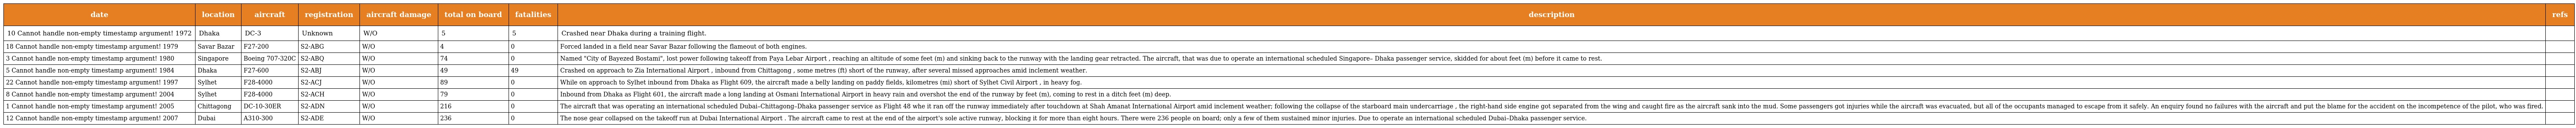
| date | location | aircraft | registration | aircraft damage | total on board | fatalities | description | refs |
 | --- | --- | --- | --- | --- | --- | --- | --- | --- |
 | 10 Cannot handle non-empty timestamp argument! 1972 | Dhaka | DC-3 | Unknown | W/O | 5 | 5 | Crashed near Dhaka during a training flight. |  |
 | 18 Cannot handle non-empty timestamp argument! 1979 | Savar Bazar | F27-200 | S2-ABG | W/O | 4 | 0 | Forced landed in a field near Savar Bazar following the flameout of both engines. |  |
 | 3 Cannot handle non-empty timestamp argument! 1980 | Singapore | Boeing 707-320C | S2-ABQ | W/O | 74 | 0 | Named "City of Bayezed Bostami", lost power following takeoff from Paya Lebar Airport , reaching an altitude of some feet (m) and sinking back to the runway with the landing gear retracted. The aircraft, that was due to operate an international scheduled Singapore– Dhaka passenger service, skidded for about feet (m) before it came to rest. |  |
 | 5 Cannot handle non-empty timestamp argument! 1984 | Dhaka | F27-600 | S2-ABJ | W/O | 49 | 49 | Crashed on approach to Zia International Airport , inbound from Chittagong , some metres (ft) short of the runway, after several missed approaches amid inclement weather. |  |
 | 22 Cannot handle non-empty timestamp argument! 1997 | Sylhet | F28-4000 | S2-ACJ | W/O | 89 | 0 | While on approach to Sylhet inbound from Dhaka as Flight 609, the aircraft made a belly landing on paddy fields, kilometres (mi) short of Sylhet Civil Airport , in heavy fog. |  |
 | 8 Cannot handle non-empty timestamp argument! 2004 | Sylhet | F28-4000 | S2-ACH | W/O | 79 | 0 | Inbound from Dhaka as Flight 601, the aircraft made a long landing at Osmani International Airport in heavy rain and overshot the end of the runway by feet (m), coming to rest in a ditch feet (m) deep. |  |
 | 1 Cannot handle non-empty timestamp argument! 2005 | Chittagong | DC-10-30ER | S2-ADN | W/O | 216 | 0 | The aircraft that was operating an international scheduled Dubai–Chittagong–Dhaka passenger service as Flight 48 whe it ran off the runway immediately after touchdown at Shah Amanat International Airport amid inclement weather; following the collapse of the starboard main undercarriage , the right-hand side engine got separated from the wing and caught fire as the aircraft sank into the mud. Some passengers got injuries while the aircraft was evacuated, but all of the occupants managed to escape from it safely. An enquiry found no failures with the aircraft and put the blame for the accident on the incompetence of the pilot, who was fired. |  |
 | 12 Cannot handle non-empty timestamp argument! 2007 | Dubai | A310-300 | S2-ADE | W/O | 236 | 0 | The nose gear collapsed on the takeoff run at Dubai International Airport . The aircraft came to rest at the end of the airport's sole active runway, blocking it for more than eight hours. There were 236 people on board; only a few of them sustained minor injuries. Due to operate an international scheduled Dubai–Dhaka passenger service. |  |